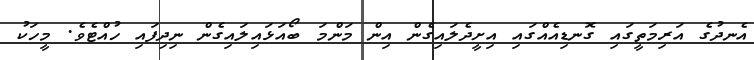
އެނދުގެ އަރިމަތީގައި ގޮނޑިއެއްގައި އިށީދެލައިގެން އިން މަންމަ ބޯއަޅައިލައިގެން ނިދިފައި ހުއްޓެވެ. މީހަކު